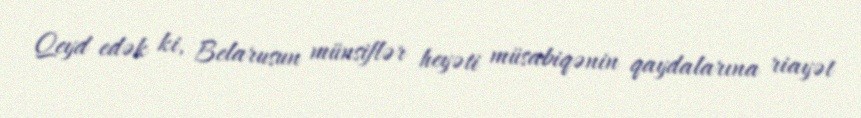
Qeyd edək ki, Belarusun münsiflər heyəti müsabiqənin qaydalarına riayət